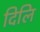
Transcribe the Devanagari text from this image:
दिलि